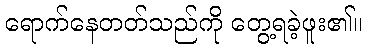
ရောက်နေတတ်သည်ကို တွေ့ရခဲ့ဖူး၏။